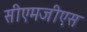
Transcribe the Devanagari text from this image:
सीएमजीएस